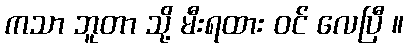
ကသာ ဘူတာ သို့ မီးရထား ဝင် လေပြီ ။